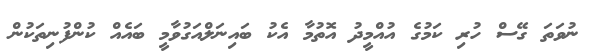
ނުވަތަ ގޭސް ހުރި ކަމުގެ އުއްމީދު އޮތުމާ އެކު ބައިނަލްއަގުވާމީ ބައެއް ކުންފުނިތަކުން